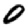
Digit: 0